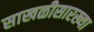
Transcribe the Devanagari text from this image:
साखळीसारख्या